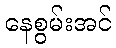
နေစွမ်းအင်